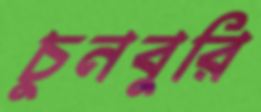
চুনবুরি